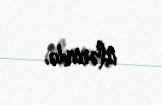
içlərində.